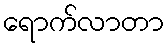
ရောက်လာတာ